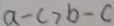
a - c > b - c